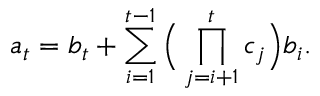
a _ { t } = b _ { t } + \sum _ { i = 1 } ^ { t - 1 } \Big ( \prod _ { j = i + 1 } ^ { t } c _ { j } \Big ) b _ { i } .